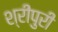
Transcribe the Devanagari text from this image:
श्रीपुरी